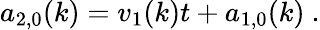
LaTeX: a_{2,0}(k)=v_{1}(k)t+a_{1,0}(k)\ .